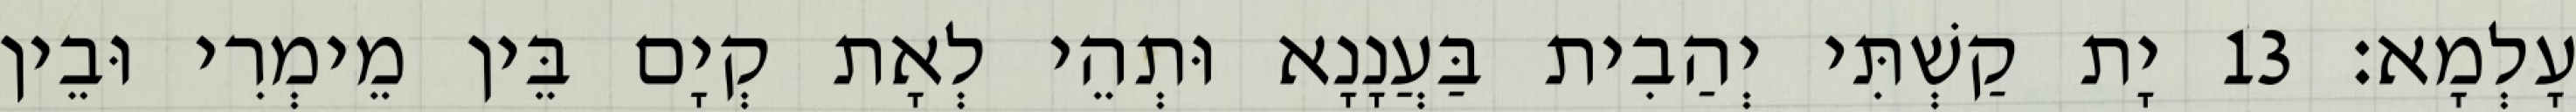
עָלְמָא׃ 13 יָת קַשְׁתִּי יְהַבִית בַּעֲנָנָא וּתְהֵי לְאָת קְיָם בֵּין מֵימְרִי וּבֵין